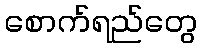
စောက်ရည်တွေ